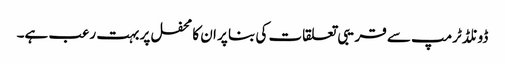
ڈونلڈ ٹرمپ سے قریبی تعلقات کی بنا پر ان کا محفل پر بہت رعب ہے۔